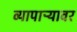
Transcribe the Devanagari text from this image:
व्यापाऱ्यावर